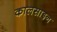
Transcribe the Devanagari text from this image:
कालसाइन